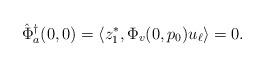
LaTeX: \begin{align*}\hat\Phi^\dagger_a(0,0) &= \langle z_1^*, \Phi_v(0,p_0)u_\ell\rangle = 0.\end{align*}